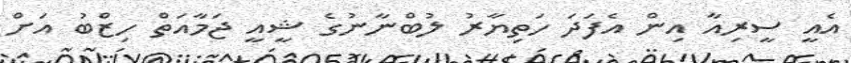
އެއީ ސީރިއާ އިން އެފަދަ ހަތިޔާރު ލުބްނާނުގެ ޝީއީ ޖަމާއަތް ހިޒްބު އަށް